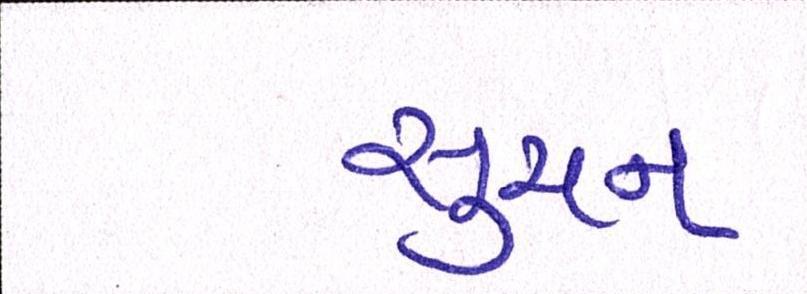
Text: સુચન